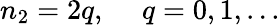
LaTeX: n_{2}=2q,\ \ \ \ \ q=0,1,...